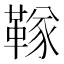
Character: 𬰧